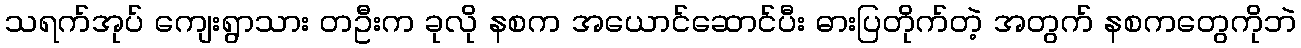
သရက်အုပ် ကျေးရွာသား တဦးက ခုလို နစက အယောင်ဆောင်ပီး ဓားပြတိုက်တဲ့ အတွက် နစကတွေကိုဘဲ